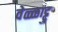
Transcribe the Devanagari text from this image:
वेळ्ळाट्टु